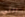
التي